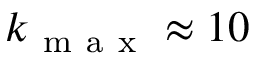
k _ { \mathrm { ~ m ~ a ~ x ~ } } \approx 1 0